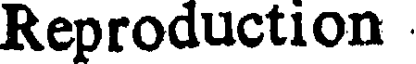
Reproduction